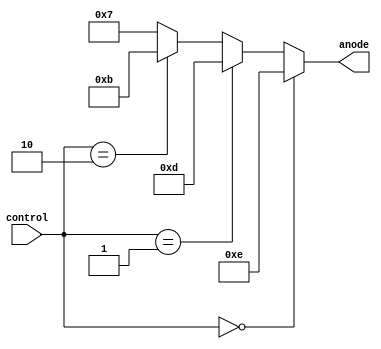
module anode_decoder(
		anode,
		control
);

// ==============================================================================
// 									   Port Declarations
// ==============================================================================

			output [3:0] anode;
			input [1:0]  control;
   
// ==============================================================================
// 										Implementation
// ==============================================================================

			// Anode Mux
			assign anode = (control == 2'b00) ? 4'b1110 : 
								(control == 2'b01) ? 4'b1101 : 
								(control == 2'b10) ? 4'b1011 : 
								4'b0111;
   
endmodule